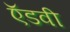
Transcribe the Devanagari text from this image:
ऍडवी